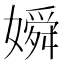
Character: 𡡞